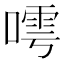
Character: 𠻢